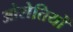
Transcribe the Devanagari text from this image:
ओसेतियों